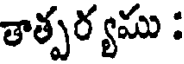
తాత్పర్యము :